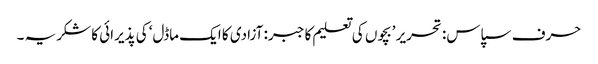
حرف سپاس: تحریر ’بچوں کی تعلیم کا جبر: آزادی کا ایک ماڈل‘ کی پذیرائی کا شکریہ ۔